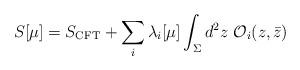
LaTeX: \begin{align*}S[\mu]=S_{\rm CFT}+\sum_i\lambda_i[\mu]\int_{\Sigma}d^2z~{\cal O}_i(z,\bar z)\end{align*}